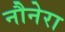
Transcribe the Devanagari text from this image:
नौनेरा